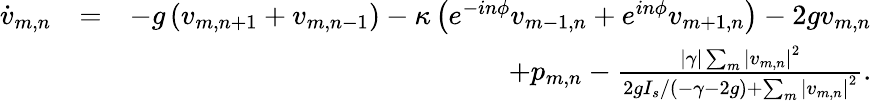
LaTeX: \begin{array}{rlr}{\dot{v}_{m,n}}&{=}&{-g\left(v_{m,n+1}+v_{m,n-1}\right)-\kappa\left(e^{-in\phi}v_{m-1,n}+e^{in\phi}v_{m+1,n}\right)-2gv_{m,n}}\\ &{}&{+p_{m,n}-\frac{|\gamma|\sum_{m}\left\lvert v_{m,n}\right\rvert^{2}}{2gI_{s}/(-\gamma-2g)+\sum_{m}\left\lvert v_{m,n}\right\rvert^{2}}.}\end{array}